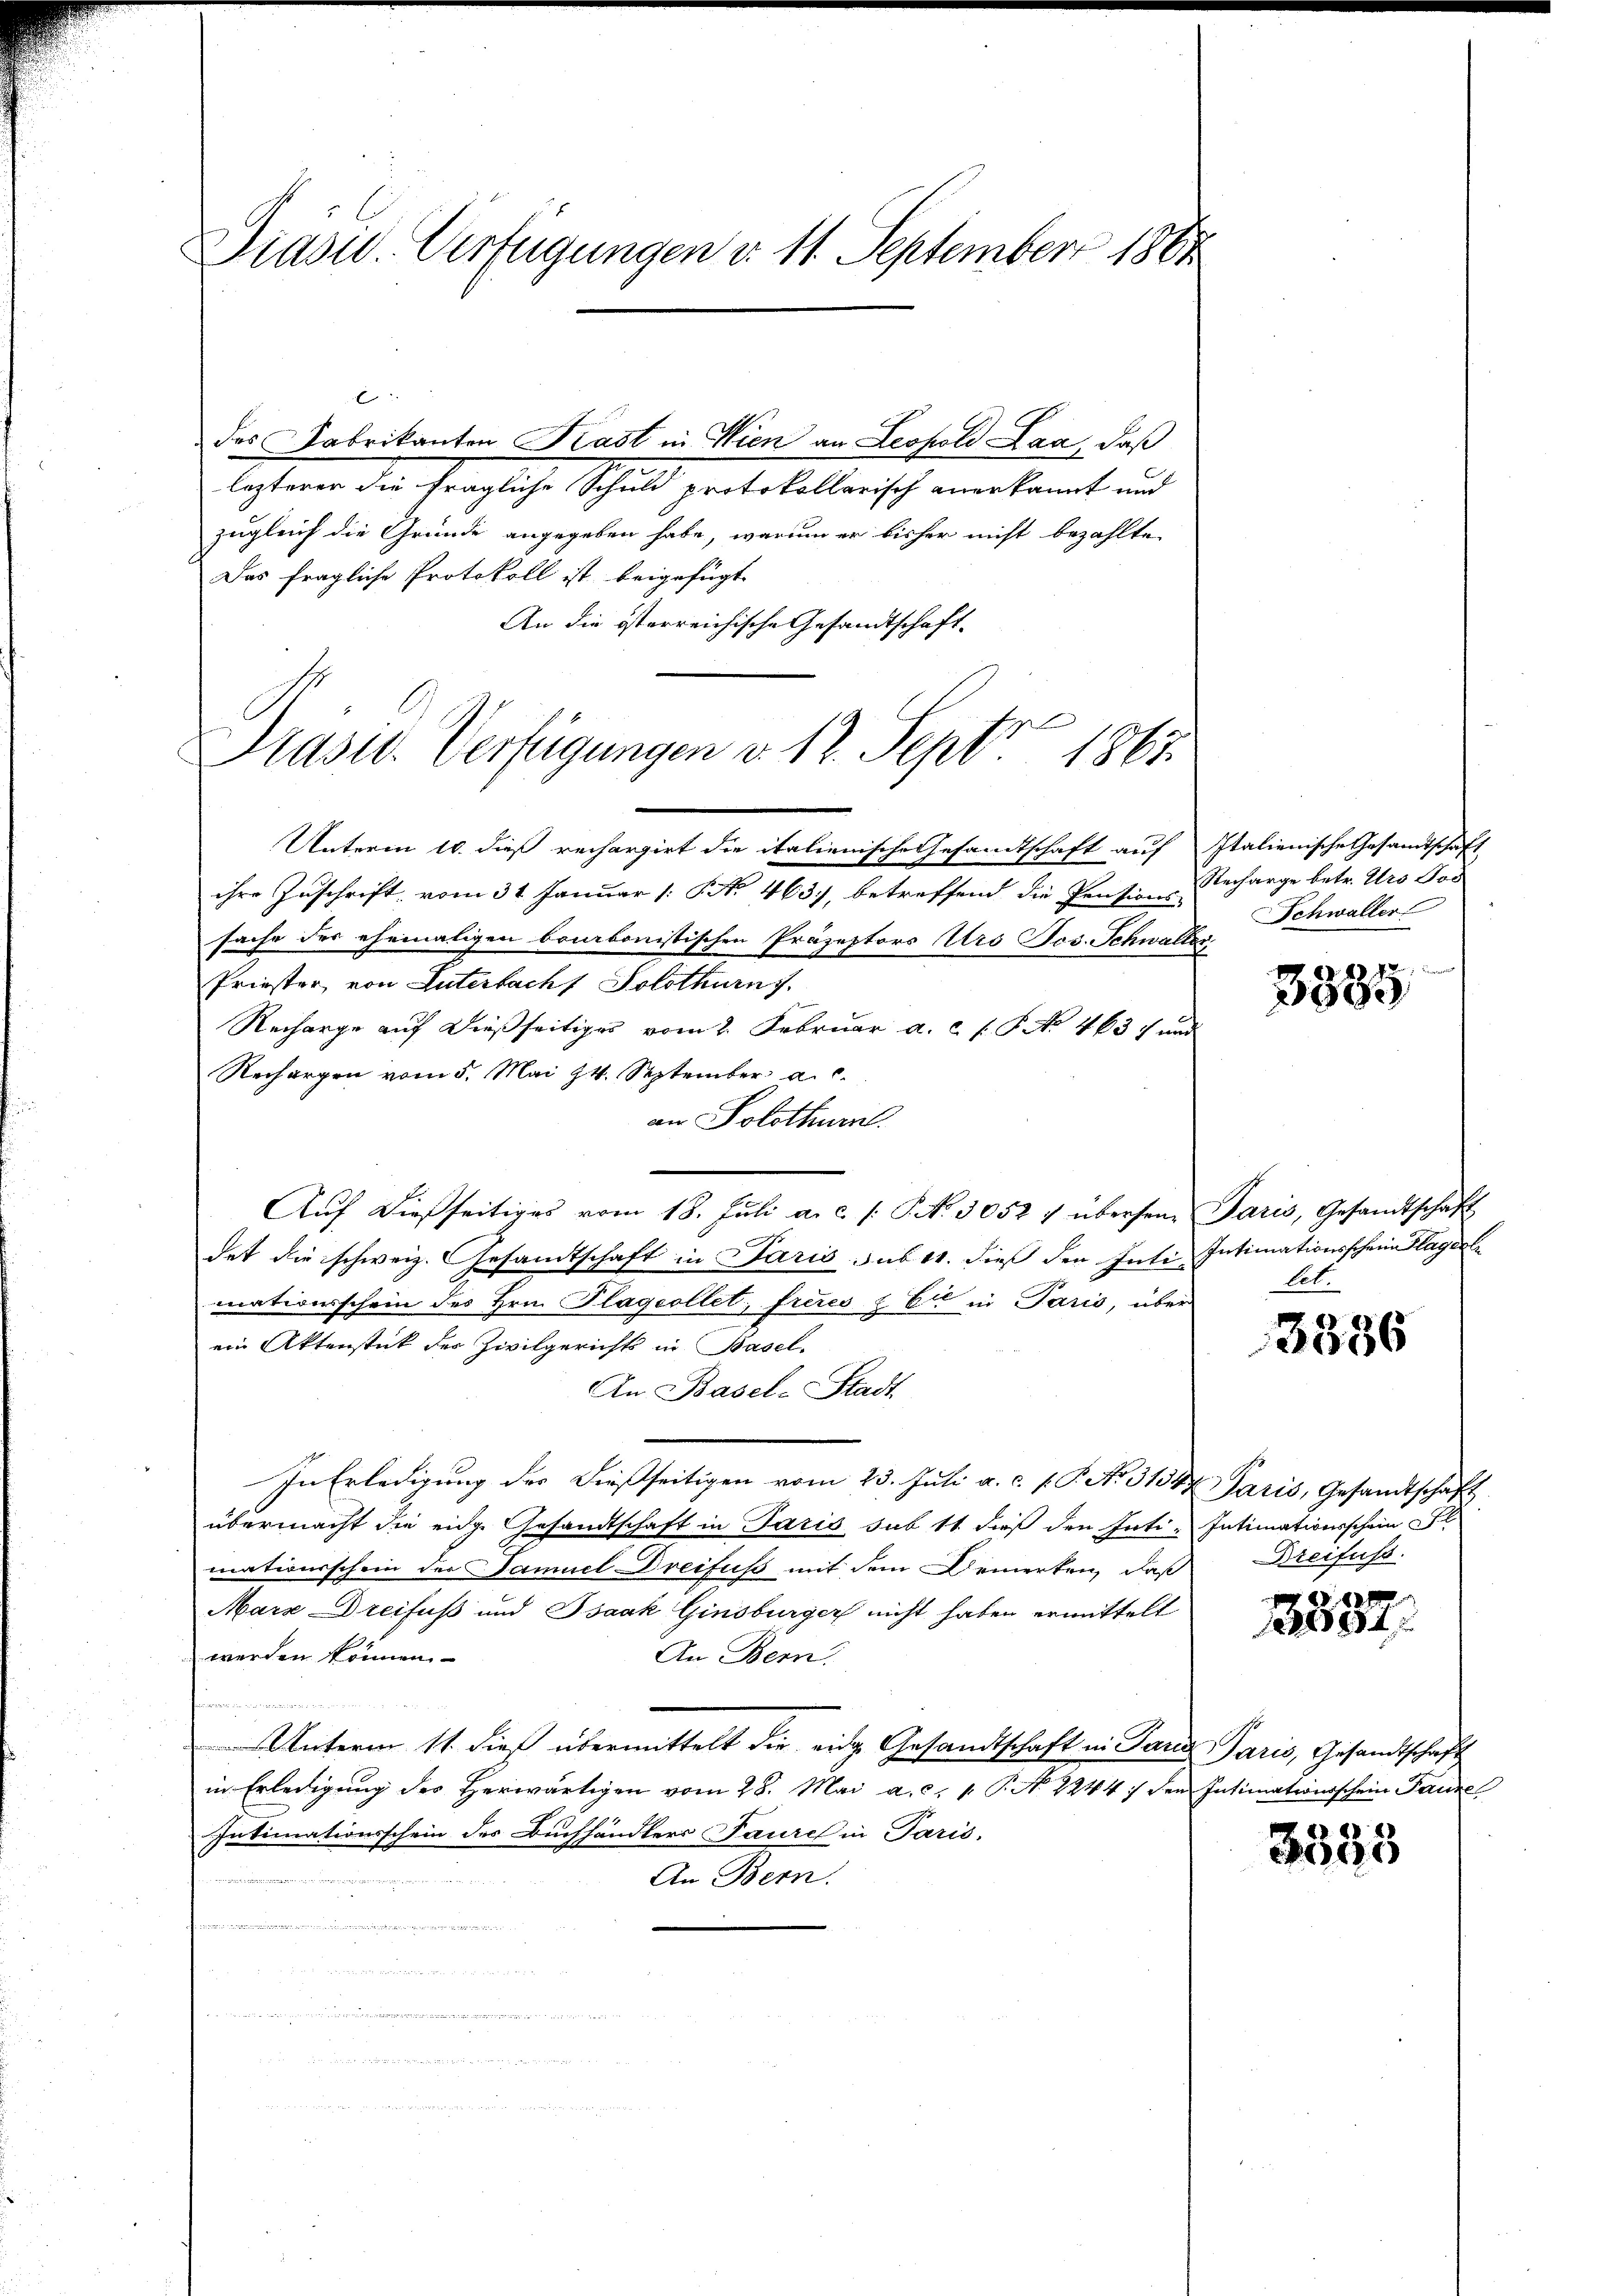
Diasu. Verfügungen d. 11. September 1861

h

des Fabrikanton Kast in Wien an Leopold Laa, daß
lezterer die fragliche Schuld protokollarisch anerkannt und
zugleich die Gründe angegeben habe, warum er bisher nicht bezahlte
Das fragliche Protokoll ist beigefügt
An die österreichische Gesandtschaft.
Prasse. Verfügungen v. 12. Sept. 1867.
Unterm 10. dieß rechargirt die italienische Gesandtschaft auf Italienische Gesandtschaft
ihre Zuschrift vom 31 Januar 1: No 463, betreffend die Pensions-
sache des ehemaligen baarbonistischen Präjeptors Urs Jos. Schwalter
Priester von Luterbacht Solothurn s.
Recharge auf dießseitiges vom 2. Februar a. c. f. P. No 463 f und
Rechargen vom 5. Mai 24. September a. c.
an Solothurn.
Aŭf dießseitiges vom 18. Jŭli a.c. s. S. 3052 & übersein Paris, Gesandtschaft
det die schweiz. Gesandtschaft in Paris sub 14. dieß den Inti Intimationsschein Klager
mationsschein des Hrn. Plagcollet, freies z Er in Paris, über
ein Aktenstück der Zivilgerichts in Basel-
An Basel-Stadt
In Erledigung der dießseitigen vom 25. Jŭli a. c. p. P. No. 313 Paris, Gesandtschaft
übermacht die eidg. Gesandtschaft in Paris sub 11. dieß den Inti- Intimationsschein S.
mationsschein der Samuel Dreifuss mit dem Bemerken, daß
Marz Dreifuß und Isaak Ginsburger nicht haben ermittelt
werden können.
An Bern.
.
Unterm 11. dieß übermittelt die eidg. Gesandtschaft in Sana Paris, Gesandtschaft
in Erledigung des Herwärtigen vom 28. Mai a. c. 1 P. No. 2244 :/ den Intimationsschein Panze
Intimationsschein des Buchhändlers Paurel in Paris.
An Bern.

Recharge betr. Urs Jos
Schwaller

S
3883

let.

3336

Dreifuss.

x
91

3533